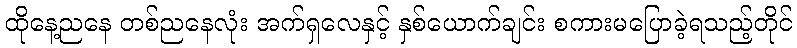
ထိုနေ့ညနေ တစ်ညနေလုံး အက်ရှလေနှင့် နှစ်ယောက်ချင်း စကားမပြောခဲ့ရသည့်တိုင်